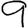
Digit: 9